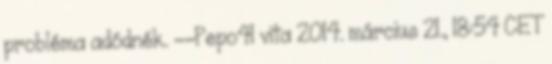
probléma adódnék. --Pepo41 vita 2014. március 21., 18:54 CET